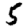
Digit: 5